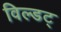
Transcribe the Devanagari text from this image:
विल्डट्